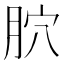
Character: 𦙮